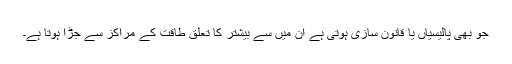
جو بھی پالیسیاں یا قانون سازی ہوتی ہے ان میں سے بیشتر کا تعلق طاقت کے مراکز سے جڑا ہوتا ہے۔